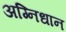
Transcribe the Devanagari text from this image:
अग्निधान